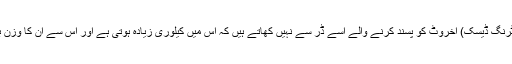
واشنگٹن(مانیٹرنگ ڈیسک) اخروٹ کو پسند کرنے والے اسے ڈر سے نہیں کھاتے ہیں کہ اس میں کیلوری زیادہ ہوتی ہے اور اس سے ان کا وزن بڑھ سکتا ہے۔